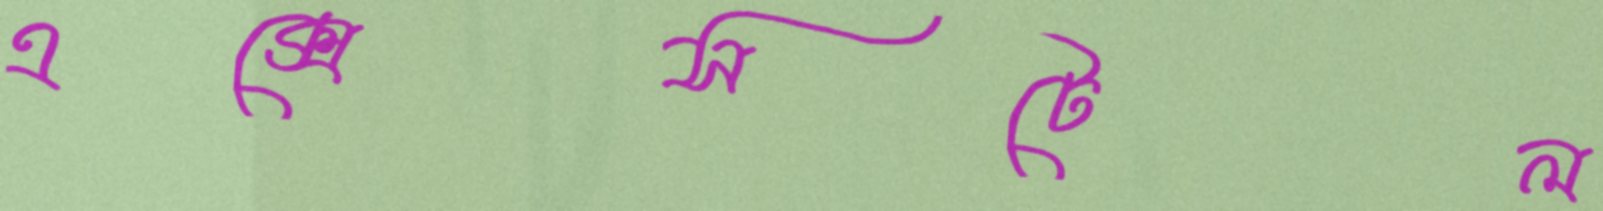
এক্সেসটেল